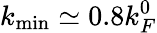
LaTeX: k_{\mathrm{min}}\simeq 0.8k_{F}^{0}